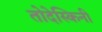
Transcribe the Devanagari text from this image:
तोदेस्किनी